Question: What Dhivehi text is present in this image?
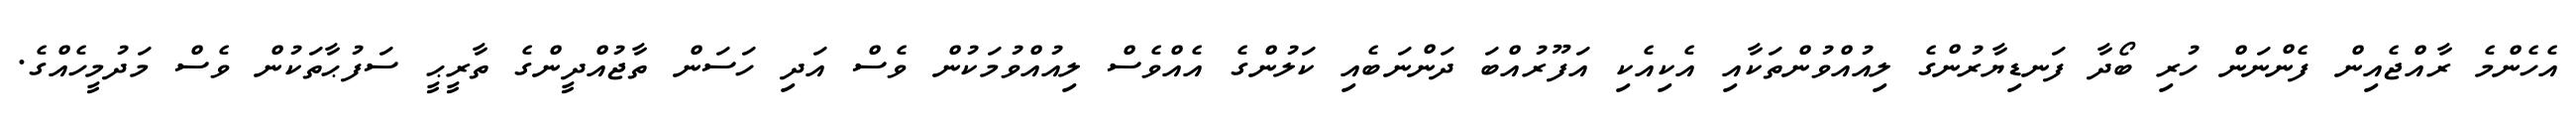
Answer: އެހެންމެ ރާއްޖެއިން ފެންނަން ހުރި ބޯދާ ފަނޑިޔާރުންގެ ލިއުއްވުންތަކާއި އެކިއެކި އަފޫރުއްބަ ދަންނަބެއި ކަލުންގެ އެއްވެސް ލިއުއްވުމަކުން ވެސް އަދި ހަސަން ތާޖުއްދީންގެ ތާރީޙީ ސަފުޙާތަކުން ވެސް މަދުމީހެއްގެ.